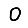
Digit: 0